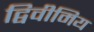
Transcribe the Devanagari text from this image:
द्विवीमिय